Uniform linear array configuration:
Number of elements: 8
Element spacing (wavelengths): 0.25
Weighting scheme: hann
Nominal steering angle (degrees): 30
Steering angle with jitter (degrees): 28.463
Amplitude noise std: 0.05
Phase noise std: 0.05

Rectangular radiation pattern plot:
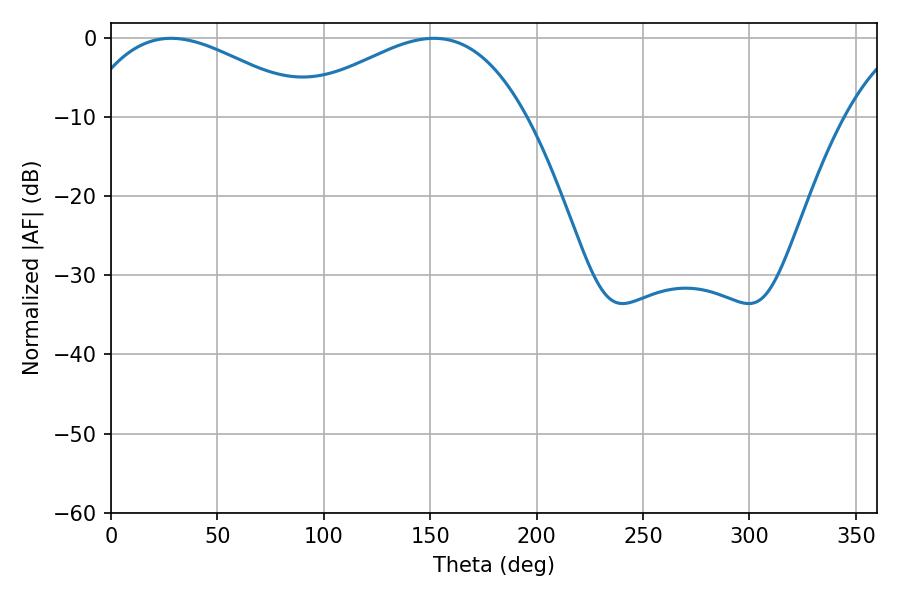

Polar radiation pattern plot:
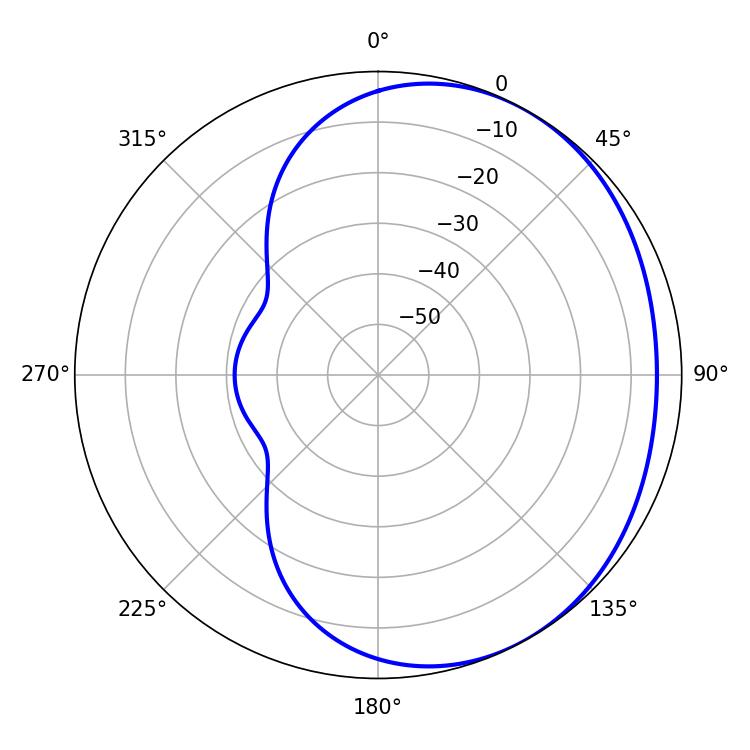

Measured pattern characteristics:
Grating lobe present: FALSE
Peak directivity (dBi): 2.304
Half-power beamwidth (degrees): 59.94
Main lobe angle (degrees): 28.26